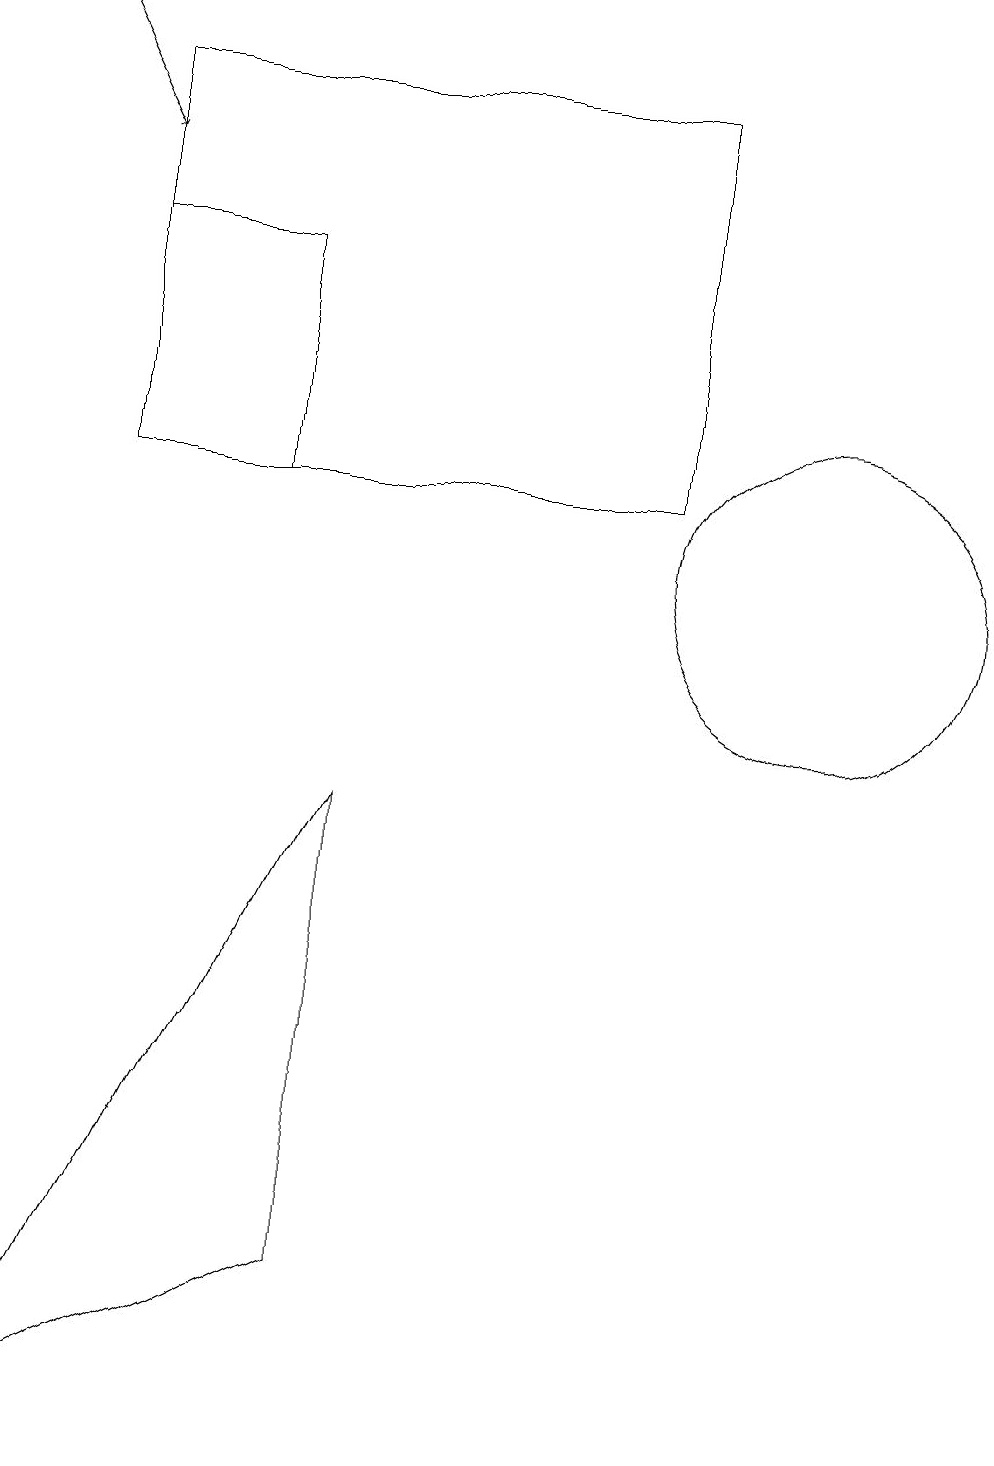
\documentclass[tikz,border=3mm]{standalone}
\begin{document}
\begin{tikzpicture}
\draw (1,13) rectangle (8,18);
\draw (10,12) circle (2);
\draw (1,16) rectangle (3,13);
\draw[->] (0,19) -- (1,17);
\draw (4,3) -- (4,9) -- (0,1) -- cycle;
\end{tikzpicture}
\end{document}